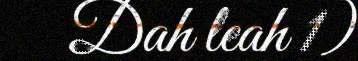
Dah leah 1)